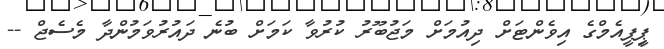
ޕިީޕީއެމްގެ އިވެންޓަށް ދިއުމަށް މަޖުބޫރު ކުރުވާ ކަމަށް ބުނެ ދައުރުވަމުންދާ މެސެޖް --